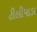
ટીલીપાડા